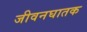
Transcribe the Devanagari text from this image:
जीवनघातक